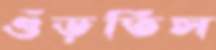
গুঁড়তিস